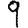
Digit: 9